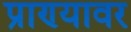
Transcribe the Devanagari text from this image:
प्राण्यावर